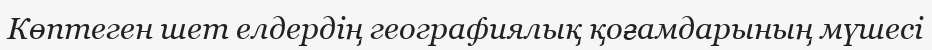
Көптеген шет елдердің географиялық қоғамдарының мүшесі